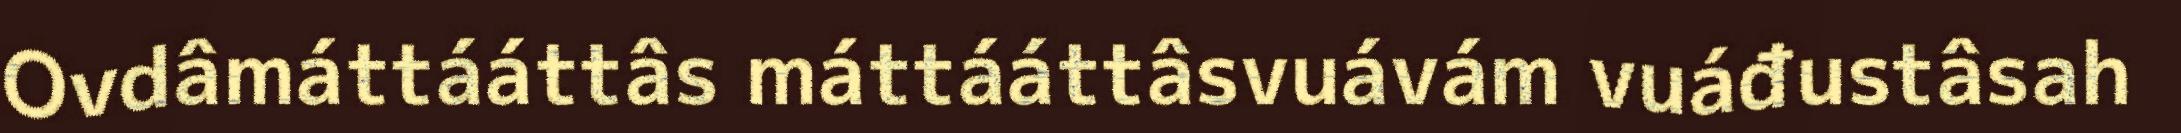
Ovdâmáttááttâs máttááttâsvuávám vuáđustâsah